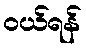
ဝယ်ရန်